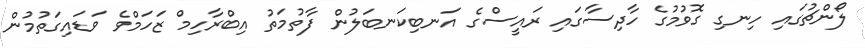
ލޯންޗުގައި ހިނގި ގޮވުމުގެ ހާދިސާގައި ރައީސްގެ އަނބިކަނބަލުން ފާތުމަތު އިބްރާހިމް ޒަހަމްވެ ވަޑައިގަތުމުން